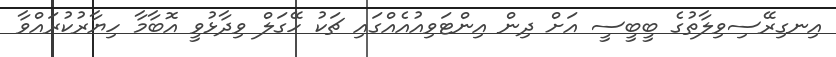
އިނގިރޭސިވިލާތުގެ ބީބީސީ އަށް ދިން އިންޓަވިއުއެއްގައި ޗަކު ހޭގަލް ވިދާޅުވީ އޮބާމާ ހިޔާރުކުރައްވާ